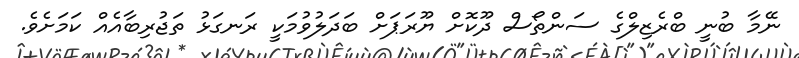
ނޭމާ ބުނީ ބްރެޒިލްގެ ސަންތޯސް ދޫކޮށް ޔޫރަޕަށް ބަދަލުވުމަކީ ރަނގަޅު ތަޖުރިބާއެއް ކަމަށެވެ.